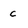
Character: c